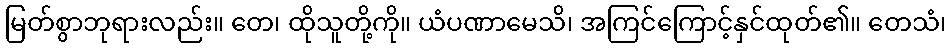
မြတ်စွာဘုရားလည်း။ တေ၊ ထိုသူတို့ကို။ ယံပဏာမေသိ၊ အကြင်ကြောင့်နှင်ထုတ်၏။ တေသံ၊